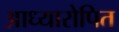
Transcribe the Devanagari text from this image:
आध्यारोपित